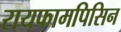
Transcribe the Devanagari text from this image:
रायफामपिसिन